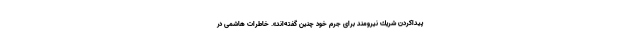
پیداكردن شریك نیرومند براى جرم خود چنین گفته‌اند». خاطرات هاشمی در